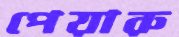
পেয়ারু